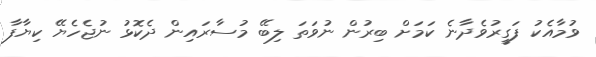
ވުމާއެކު ފަގީރުވެދާނެ ކަމަށް ބިރުން ނުވަތަ ލިބޭ މުސާރައިން ދެކޮޅު ނުޖެހެޔޭ ކިޔާފާ